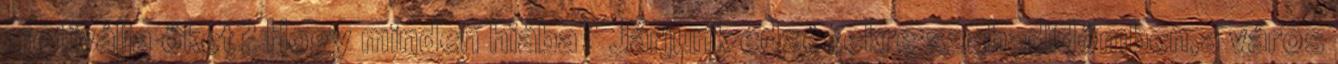
motiválja őket? Hogy minden hiába? Járjunk edzésekre szabadidőmben,a város